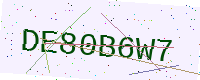
Text: DE80B6W7